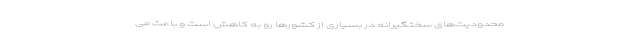
محدودیت‌های سختگیرانه در بسیاری از کشورها رو به کاهش است و باعث می